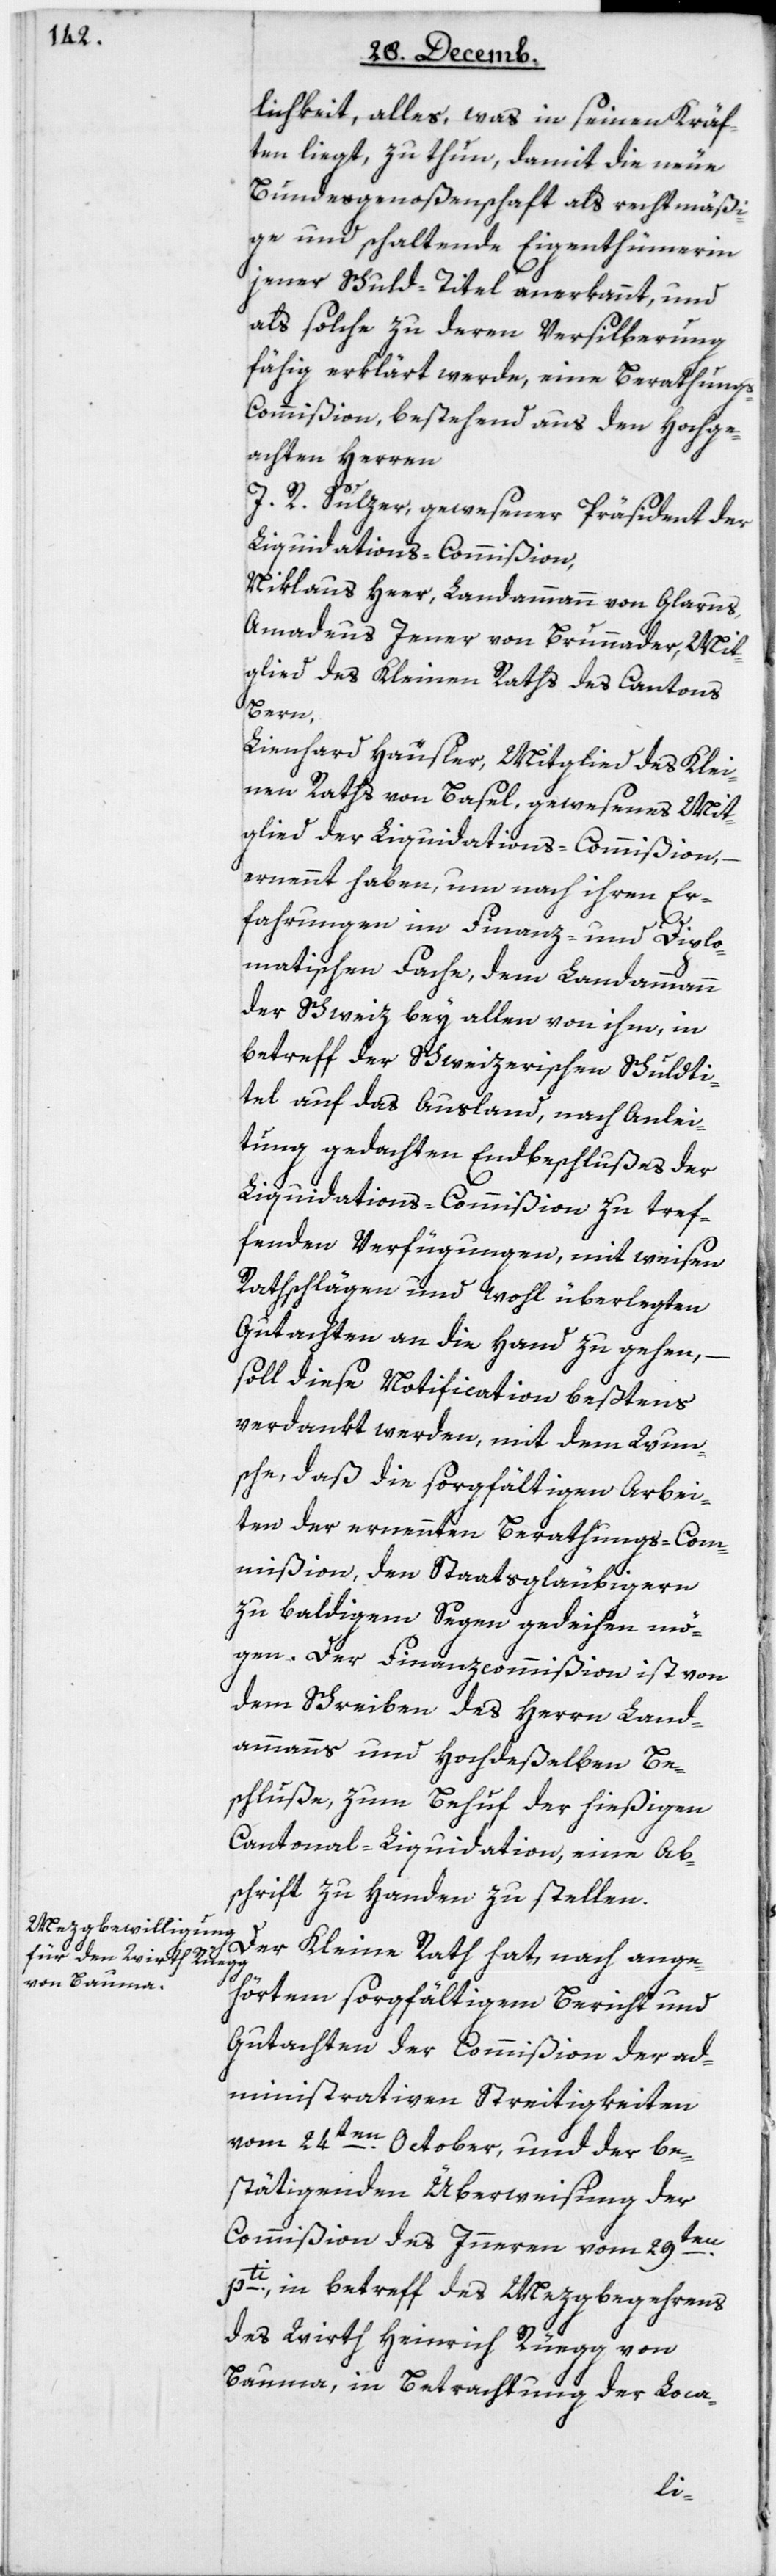
lichkeit, alles was in seinen Kräf¬
ten liegt, zu thun, damit die neue
Bundesgenoßenschaft als rechtmäßi¬
ge und schaltende Eigenthümerin
jener Schuldtitel anerkannt, und
als solche zu deren Versilberung
fähig erklärt werde, eine Berathung¬
s-Commißion, bestehend aus den hochge¬
achten Herren
J. R. Sulzer, gewesener Präsident der
Liquidations-Commißion;
Niklaus Heer, Landammann von Glarus;
Amadeus Jener von Brunnader, Mit¬
glied des Kleinen Raths des Cantons
Bern;
Lienhard Häusler, Mitglied des Klei¬
nen Raths von Basel, gewesenes Mit¬
glied der Liquidations-Commißion;
ernennt haben, um nach ihren Er¬
fahrungen im Finanz- und Diplo¬
matischen Fache, dem Landammann
der Schweiz bey allen von ihm, in
Betreff der Schweizerischen Schuldti¬
tel auf das Ausland, nach Anlei¬
tung gedachten Endbeschlußes der
Liquidations-Commißion zu tref¬
fenden Verfügungen, mit weisen
Rathschlägen und wohlüberlegten
Gutachten an die Hand zu gehen,
soll diese Notification bestens
verdankt werden, mit dem Wun¬
sche, daß die sorgfältigen Arbei¬
ten der ernennten Berathungs-Com¬
mißion, den Staatsgläubigern
zu baldigem Segen gedeihen mö¬
gen. Der Finanzcommißion ist von
dem Schreiben des Herrn Land¬
ammanns und Hochdeßelben Be¬
schluße, zum Behuf der hießigen
Cantonal-Liquidation, eine Ab¬
schrift zu Handen zu stellen.
Der Kleine Rath hat, nach ange¬
hörtem sorgfältigem Bericht und
Gutachten der Commißion der ad¬
ministrativen Streitigkeiten
vom 24ten October, und der be¬
stätigenden Überweisung der
Commißion des Innern vom 29ten
pti in Betreff des Mezgbegehrens
des Wirth Heinrich Rüegg von
Bauma, in Betrachtung der Loca-